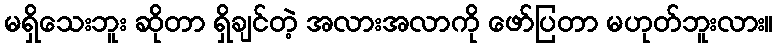
မရှိသေးဘူး ဆိုတာ ရှိချင်တဲ့ အလားအလာကို ဖော်ပြတာ မဟုတ်ဘူးလား။